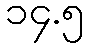
၁၄.၅